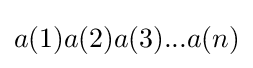
a(1)a(2)a(3)...a(n)